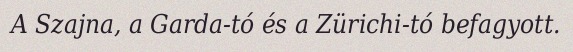
A Szajna, a Garda-tó és a Zürichi-tó befagyott.